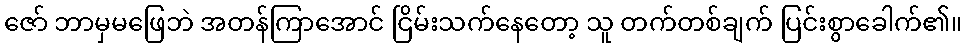
ဇော် ဘာမှမဖြေဘဲ အတန်ကြာအောင် ငြိမ်းသက်နေတော့ သူ တက်တစ်ချက် ပြင်းစွာခေါက်၏။